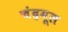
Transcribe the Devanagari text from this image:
चंद्रमूल